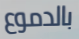
بالدموع